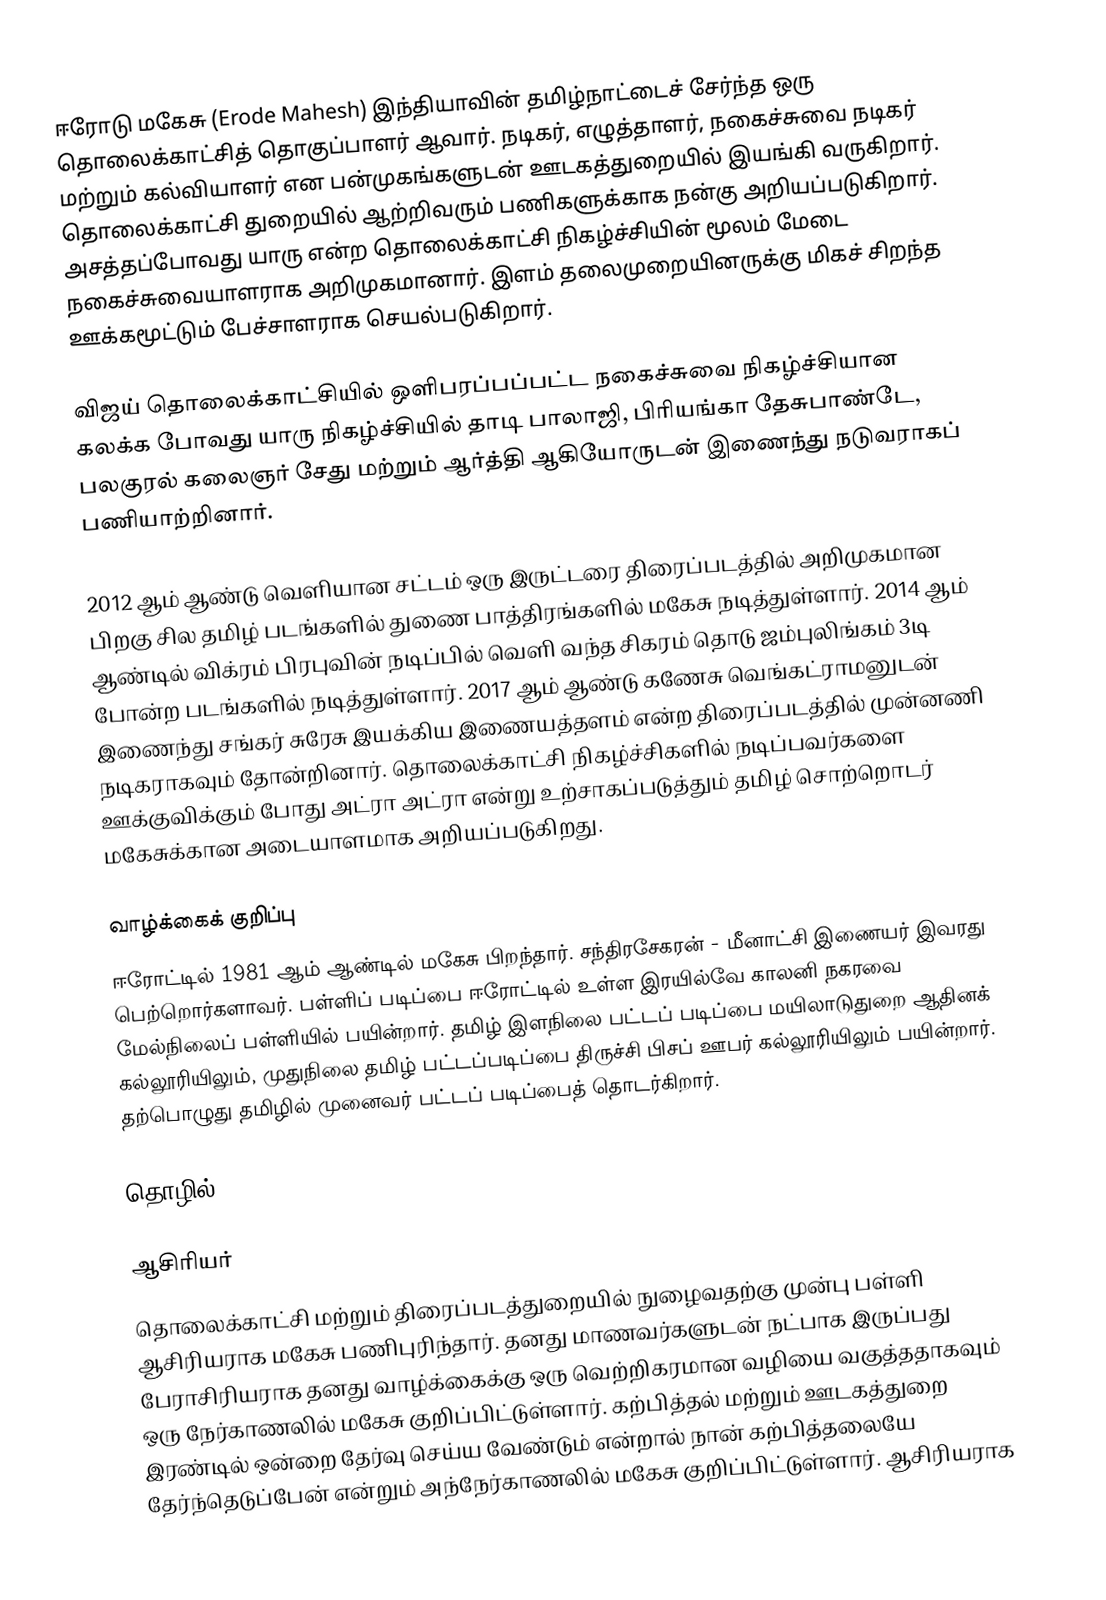
ஈரோடு மகேசு (Erode Mahesh) இந்தியாவின் தமிழ்நாட்டைச் சேர்ந்த ஒரு தொலைக்காட்சித் தொகுப்பாளர் ஆவார். நடிகர், எழுத்தாளர், நகைச்சுவை நடிகர் மற்றும் கல்வியாளர் என பன்முகங்களுடன் ஊடகத்துறையில் இயங்கி வருகிறார். தொலைக்காட்சி துறையில் ஆற்றிவரும் பணிகளுக்காக நன்கு அறியப்படுகிறார். அசத்தப்போவது யாரு என்ற தொலைக்காட்சி நிகழ்ச்சியின் மூலம் மேடை நகைச்சுவையாளராக அறிமுகமானார். இளம் தலைமுறையினருக்கு மிகச் சிறந்த ஊக்கமூட்டும் பேச்சாளராக செயல்படுகிறார்.

விஜய் தொலைக்காட்சியில் ஒளிபரப்பப்பட்ட நகைச்சுவை நிகழ்ச்சியான கலக்க போவது யாரு நிகழ்ச்சியில் தாடி பாலாஜி, பிரியங்கா தேசுபாண்டே, பலகுரல் கலைஞர் சேது மற்றும் ஆர்த்தி ஆகியோருடன் இணைந்து நடுவராகப் பணியாற்றினார்.

2012 ஆம் ஆண்டு வெளியான சட்டம் ஒரு இருட்டரை திரைப்படத்தில் அறிமுகமான பிறகு சில தமிழ் படங்களில் துணை பாத்திரங்களில் மகேசு நடித்துள்ளார். 2014 ஆம் ஆண்டில் விக்ரம் பிரபுவின் நடிப்பில் வெளி வந்த சிகரம் தொடு   ஜம்புலிங்கம் 3டி போன்ற படங்களில் நடித்துள்ளார். 2017 ஆம் ஆண்டு கணேசு வெங்கட்ராமனுடன் இணைந்து சங்கர் சுரேசு இயக்கிய இணையத்தளம் என்ற திரைப்படத்தில் முன்னணி நடிகராகவும் தோன்றினார். தொலைக்காட்சி நிகழ்ச்சிகளில் நடிப்பவர்களை ஊக்குவிக்கும் போது அட்ரா அட்ரா என்று உற்சாகப்படுத்தும் தமிழ் சொற்றொடர் மகேசுக்கான அடையாளமாக அறியப்படுகிறது.

வாழ்க்கைக் குறிப்பு
ஈரோட்டில் 1981 ஆம் ஆண்டில் மகேசு பிறந்தார். சந்திரசேகரன் - மீனாட்சி இணையர் இவரது பெற்றொர்களாவர். பள்ளிப் படிப்பை ஈரோட்டில் உள்ள இரயில்வே காலனி நகரவை மேல்நிலைப் பள்ளியில் பயின்றார். தமிழ் இளநிலை பட்டப் படிப்பை மயிலாடுதுறை ஆதினக் கல்லூரியிலும், முதுநிலை தமிழ் பட்டப்படிப்பை திருச்சி பிசப் ஊபர் கல்லூரியிலும் பயின்றார். தற்பொழுது தமிழில் முனைவர் பட்டப் படிப்பைத் தொடர்கிறார்.

தொழில்

ஆசிரியர்
தொலைக்காட்சி மற்றும் திரைப்படத்துறையில் நுழைவதற்கு முன்பு பள்ளி ஆசிரியராக மகேசு பணிபுரிந்தார்.  தனது மாணவர்களுடன் நட்பாக இருப்பது பேராசிரியராக தனது வாழ்க்கைக்கு ஒரு வெற்றிகரமான வழியை வகுத்ததாகவும் ஒரு நேர்காணலில் மகேசு குறிப்பிட்டுள்ளார். கற்பித்தல் மற்றும் ஊடகத்துறை இரண்டில் ஒன்றை தேர்வு செய்ய வேண்டும் என்றால் நான் கற்பித்தலையே தேர்ந்தெடுப்பேன் என்றும் அந்நேர்காணலில் மகேசு குறிப்பிட்டுள்ளார். ஆசிரியராக